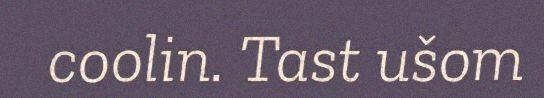
coolin. Tast ušom